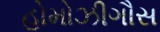
હોમોઝીગૌસ